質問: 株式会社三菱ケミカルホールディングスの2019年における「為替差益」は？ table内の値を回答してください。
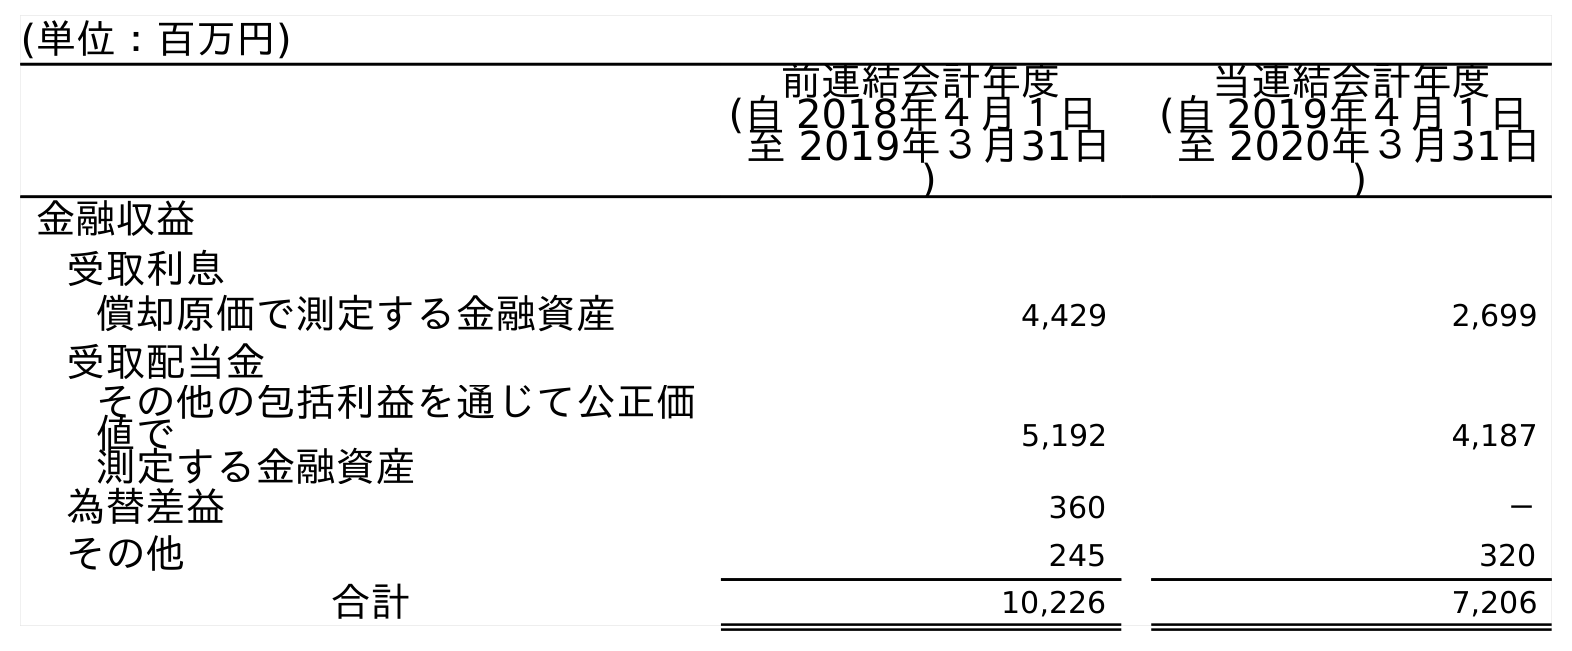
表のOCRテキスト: (単位：百万円) 前連結会計年度 (自 2018年４月１日 至 2019年３月31日 ) 当連結会計年度 (自 2019年４月１日 至 2020年３月31日 ) 金融収益 受取利息 償却原価で測定する金融資産 4,429 2,699 受取配当金 その他の包括利益を通じて公正価 値で 測定する金融資産 5,192 4,187 為替差益 360 － その他 245 320 合計 10,226 7,206
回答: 360